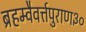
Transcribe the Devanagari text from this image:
ब्रहम्वैवर्त्तपुराण३०